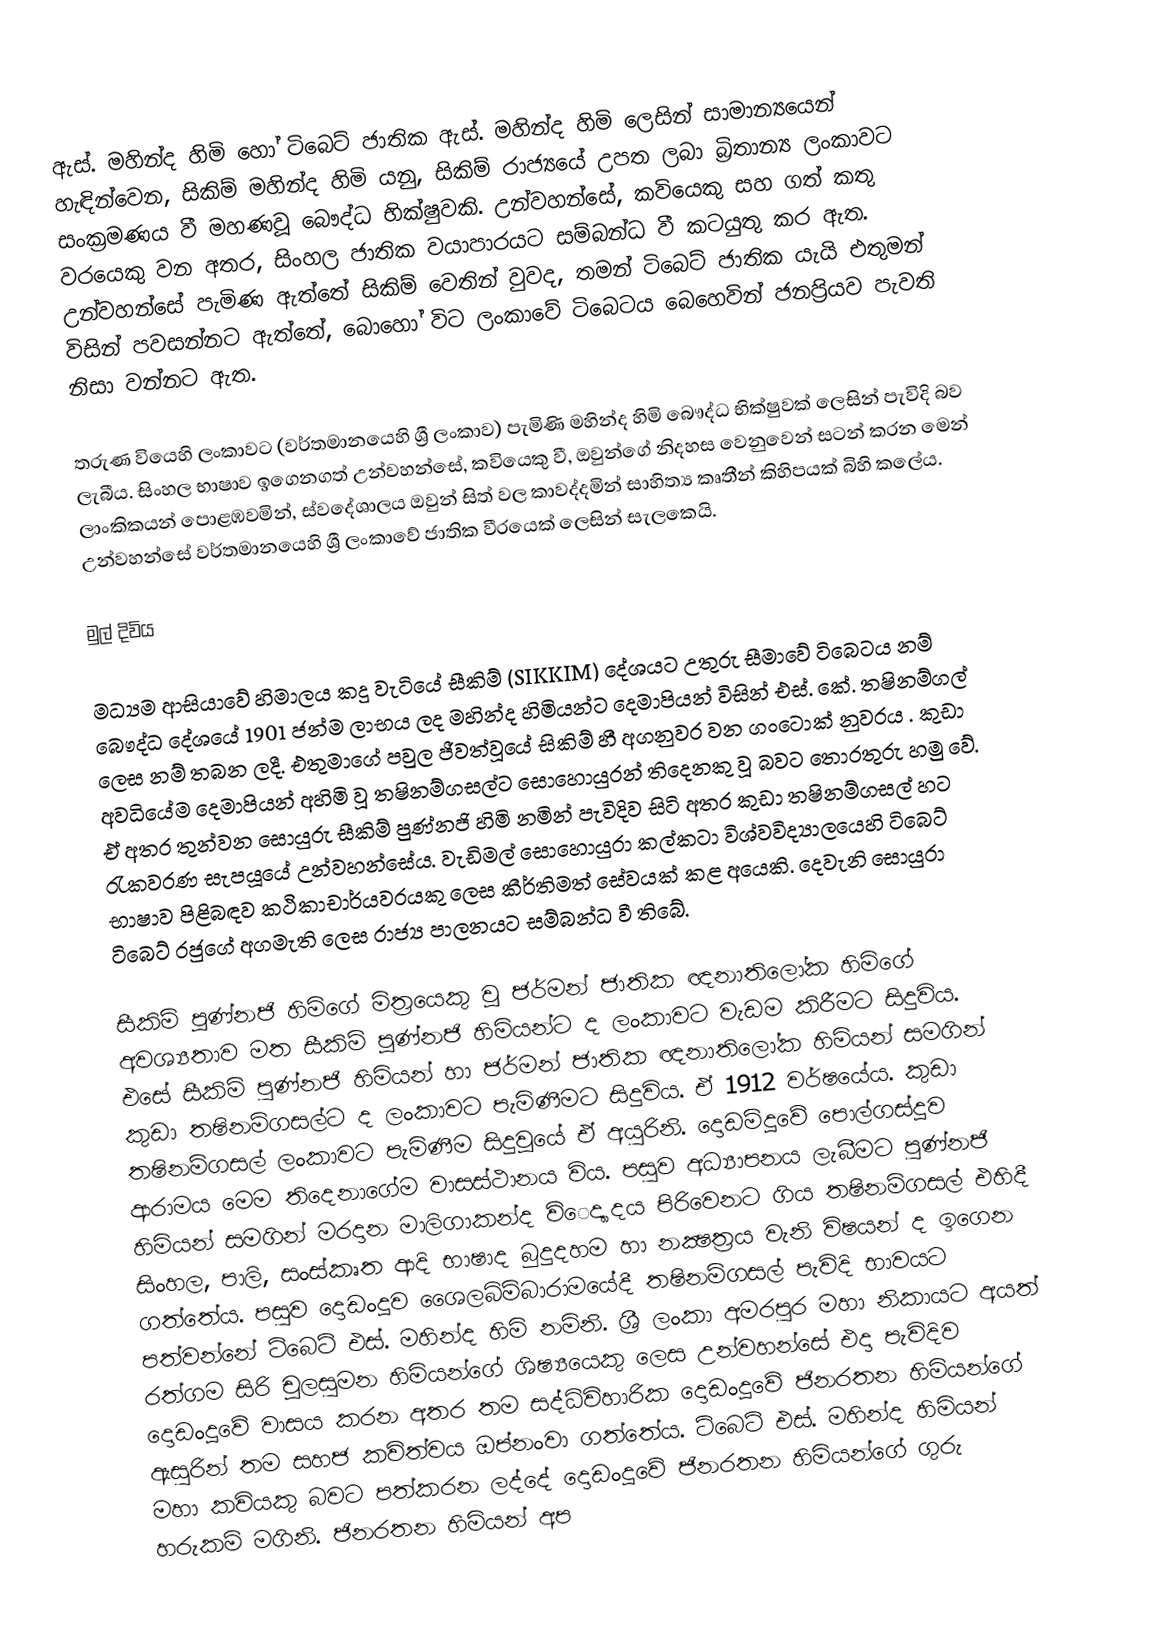
ඇස්. මහින්ද හිමි හෝ ටිබෙට් ජාතික ඇස්. මහින්ද හිමි ලෙසින් සාමාන්‍යයෙන් හැඳින්වෙන, සිකිම් මහින්ද හිමි යනු, සිකිම් රාජ්‍යයේ උපත ලබා බ්‍රිතාන්‍ය ලංකාවට සංක්‍රමණය වී මහණවූ බෞද්ධ භික්ෂුවකි. උන්වහන්සේ, කවියෙකු සහ ගත් කතු වරයෙකු වන අතර, සිංහල ජාතික වයාපාරයට සම්බන්ධ වී කටයුතු කර ඇත. උන්වහන්සේ පැමිණ ඇත්තේ සිකිම් වෙතින් වුවද, තමන්  ටිබෙට් ජාතික යැයි එතුමන් විසින් පවසන්නට ඇත්තේ, බොහෝ විට ලංකාවේ ටිබෙටය බෙහෙවින් ජනප්‍රියව පැවති නිසා වන්නට ඇත.

තරුණ වියෙහි ලංකාවට (වර්තමානයෙහි  ශ්‍රී ලංකාව) පැමිණි මහින්ද හිමි බෞද්ධ භික්ෂුවක් ලෙසින් පැවිදි බව ලැබීය. සිංහල භාෂාව ඉගෙනගත් උන්වහන්සේ, කවියෙකු වී, ඔවුන්ගේ නිදහස වෙනුවෙන් සටන් කරන මෙන් ලාංකිකයන් පොළඹවමින්, ස්වදේශාලය ඔවුන් සිත් වල කාවද්දමින් සාහිත්‍ය කෘතීන් කිහිපයක් බිහි කලේය. උන්වහන්සේ වර්තමානයෙහි ශ්‍රී ලංකාවේ ජාතික වීරයෙක් ලෙසින් සැලකෙයි.

මුල් දිවිය

මධ්‍යම ආසියාවේ හිමාලය කදු  වැටියේ  සීකිම් (SIKKIM) දේශයට උතුරු සීමාවේ ටිබෙටය නම් බෞද්ධ දේශයේ 1901 ජන්ම ලාභය ලද  මහින්ද හිමියන්ට දෙමාපියන් විසින් එස්‌. කේ. තෂිනම්ගල් ලෙස නම් තබන ලදී. එතුමාගේ පවුල ජීවත්වූයේ සිකිම් හී අගනුවර වන  ගංටොක් නුවරය . කුඩා  අවධියේම දෙමාපියන් අහිමි වූ තෂිනම්ගසල්ට සොහොයුරන් තිදෙනකු වූ බවට තොරතුරු හමු වේ.  ඒ අතර තුන්වන සොයුරු සීකිම් පුණ්‌නජි හිමි නමින් පැවිදිව සිටි අතර කුඩා තෂිනම්ගසල්  හට රැකවරණ සැපයූයේ උන්වහන්සේය. වැඩිමල් සොහොයුරා කල්කටා විශ්වවිද්‍යාලයෙහි ටිබෙට්‌  භාෂාව පිළිබඳව කථිකාචාර්යවරයකු ලෙස කීර්තිමත් සේවයක්‌ කළ අයෙකි. දෙවැනි සොයුරා  ටිබෙට්‌ රජුගේ අගමැති ලෙස රාජ්‍ය පාලනයට සම්බන්ධ වී තිබේ.

සීකිම් පූණ්‌නජි හිමිගේ මිත්‍රයෙකු වූ ජර්මන් ජාතික ඥනාතිලෝක හිමිගේ අවශ්‍යතාව  මත සීකිම් පූණ්‌නජි හිමියන්ට ද ලංකාවට වැඩම කිරීමට සිදුවිය. එසේ සීකිම් පුණ්‌නජි  හිමියන් හා ජර්මන් ජාතික ඥනාතිලෝක හිමියන් සමගින් කුඩා තෂිනම්ගසල්ට ද ලංකාවට  පැමිණීමට සිදුවිය. ඒ 1912 වර්ෂයේය. කුඩා තෂිනම්ගසල් ලංකාවට පැමිණීම සිදුවූයේ ඒ  අයුරිනි. දොඩම්දූවේ පොල්ගස්‌දූව ආරාමය මෙම තිදෙනාගේම වාසස්‌ථානය විය. පසුව  අධ්‍යාපනය ලැබීමට පුණ්‌නජි හිමියන් සමගින් මරදාන මාලිගාකන්ද විෙද්‍යාදය පිරිවෙනට  ගිය තෂිනම්ගසල් එහිදී සිංහල, පාලි, සංස්‌කෘත ආදි භාෂාද බුදුදහම හා නක්‍ෂත්‍රය වැනි  විෂයන් ද ඉගෙන ගත්තේය. පසුව දොඩංදූව ශෛලබිම්බාරාමයේදී තෂිනම්ගසල් පැවිදි භාවයට  පත්වන්නේ ටිබෙට්‌ එස්‌. මහින්ද හිමි නමිනි. ශ්‍රී ලංකා අමරපුර මහා නිකායට අයත්  රත්ගම සිරි චූලසුමන හිමියන්ගේ ශිෂ්‍යයෙකු ලෙස උන්වහන්සේ එදා පැවිදිව දොඩංදූවේ වාසය  කරන අතර තම සද්ධිවිහාරික දොඩංදූවේ ජිනරතන හිමියන්ගේ ඇසුරින් තම සහජ කවිත්වය ඔප්නංවා  ගත්තේය. ටිබෙට්‌ එස්‌. මහින්ද හිමියන් මහා කවියකු බවට පත්කරන ලද්දේ දොඩංදූවේ ජිනරතන  හිමියන්ගේ ගුරු හරුකම් මගිනි. ජිනරතන හිමියන් අප